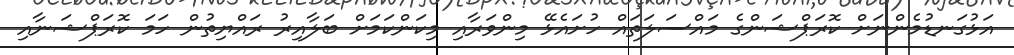
އަޅުގަނޑުމެންނަށް ކޮރަޕްޝަންގެ މައްސަލަތައް ހުށައެޅޭ މިންވަރާއި މިކަންކަމަށް ބަލާއިރު ރައްޔިތުން ހަމަ ކޮރަޕްޝަނާއި